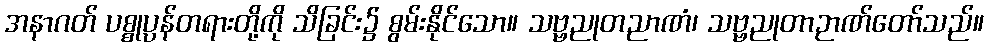
အနာဂတ် ပစ္စုပ္ပန်တရားတို့ကို သိခြင်း၌ စွမ်းနိုင်သော။ သဗ္ဗညုတညာဏံ၊ သဗ္ဗညုတာဉာဏ်တော်သည်။